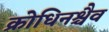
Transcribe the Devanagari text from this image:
क्रोधिनश्चैव